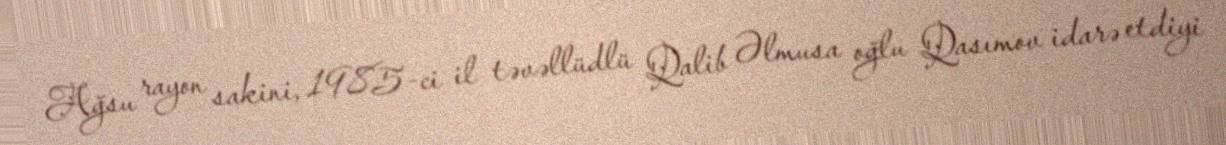
Ağsu rayon sakini, 1985-ci il təvəllüdlü Qalib Əlmusa oğlu Qasımov idarə etdiyi